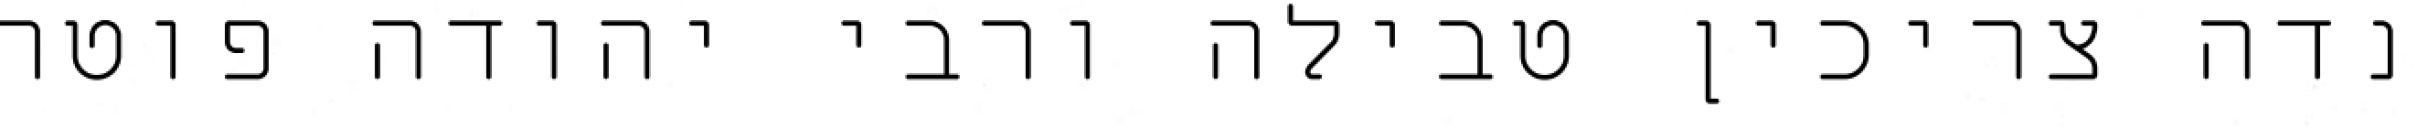
נדה צריכין טבילה ורבי יהודה פוטר